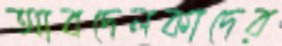
আবদেলকাদের